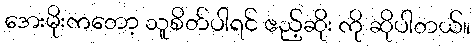
အေးမိုးကတော့ သူစိတ်ပါရင် ဧည့်ဆိုး ကို ဆိုပါတယ်။